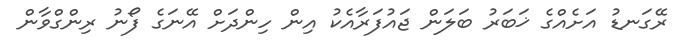
ރޭގަނޑު އަށެއްގެ ޚަބަރު ބަލަން ޖައުފަރާއެކު އިން ހިންދަށް އޭނަގެ ފޯނު ރިންގްވާން